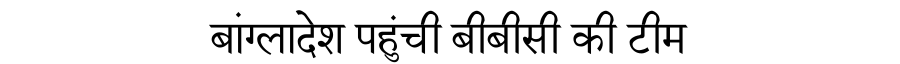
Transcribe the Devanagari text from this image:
बांग्लादेश पहुंची बीबीसी की टीम